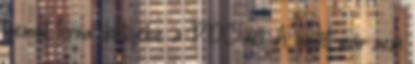
kiemelt torna döntőjébe a PDC-nél. A döntőt már nem